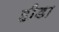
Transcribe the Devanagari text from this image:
हीडा